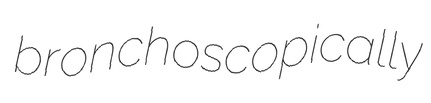
bronchoscopically